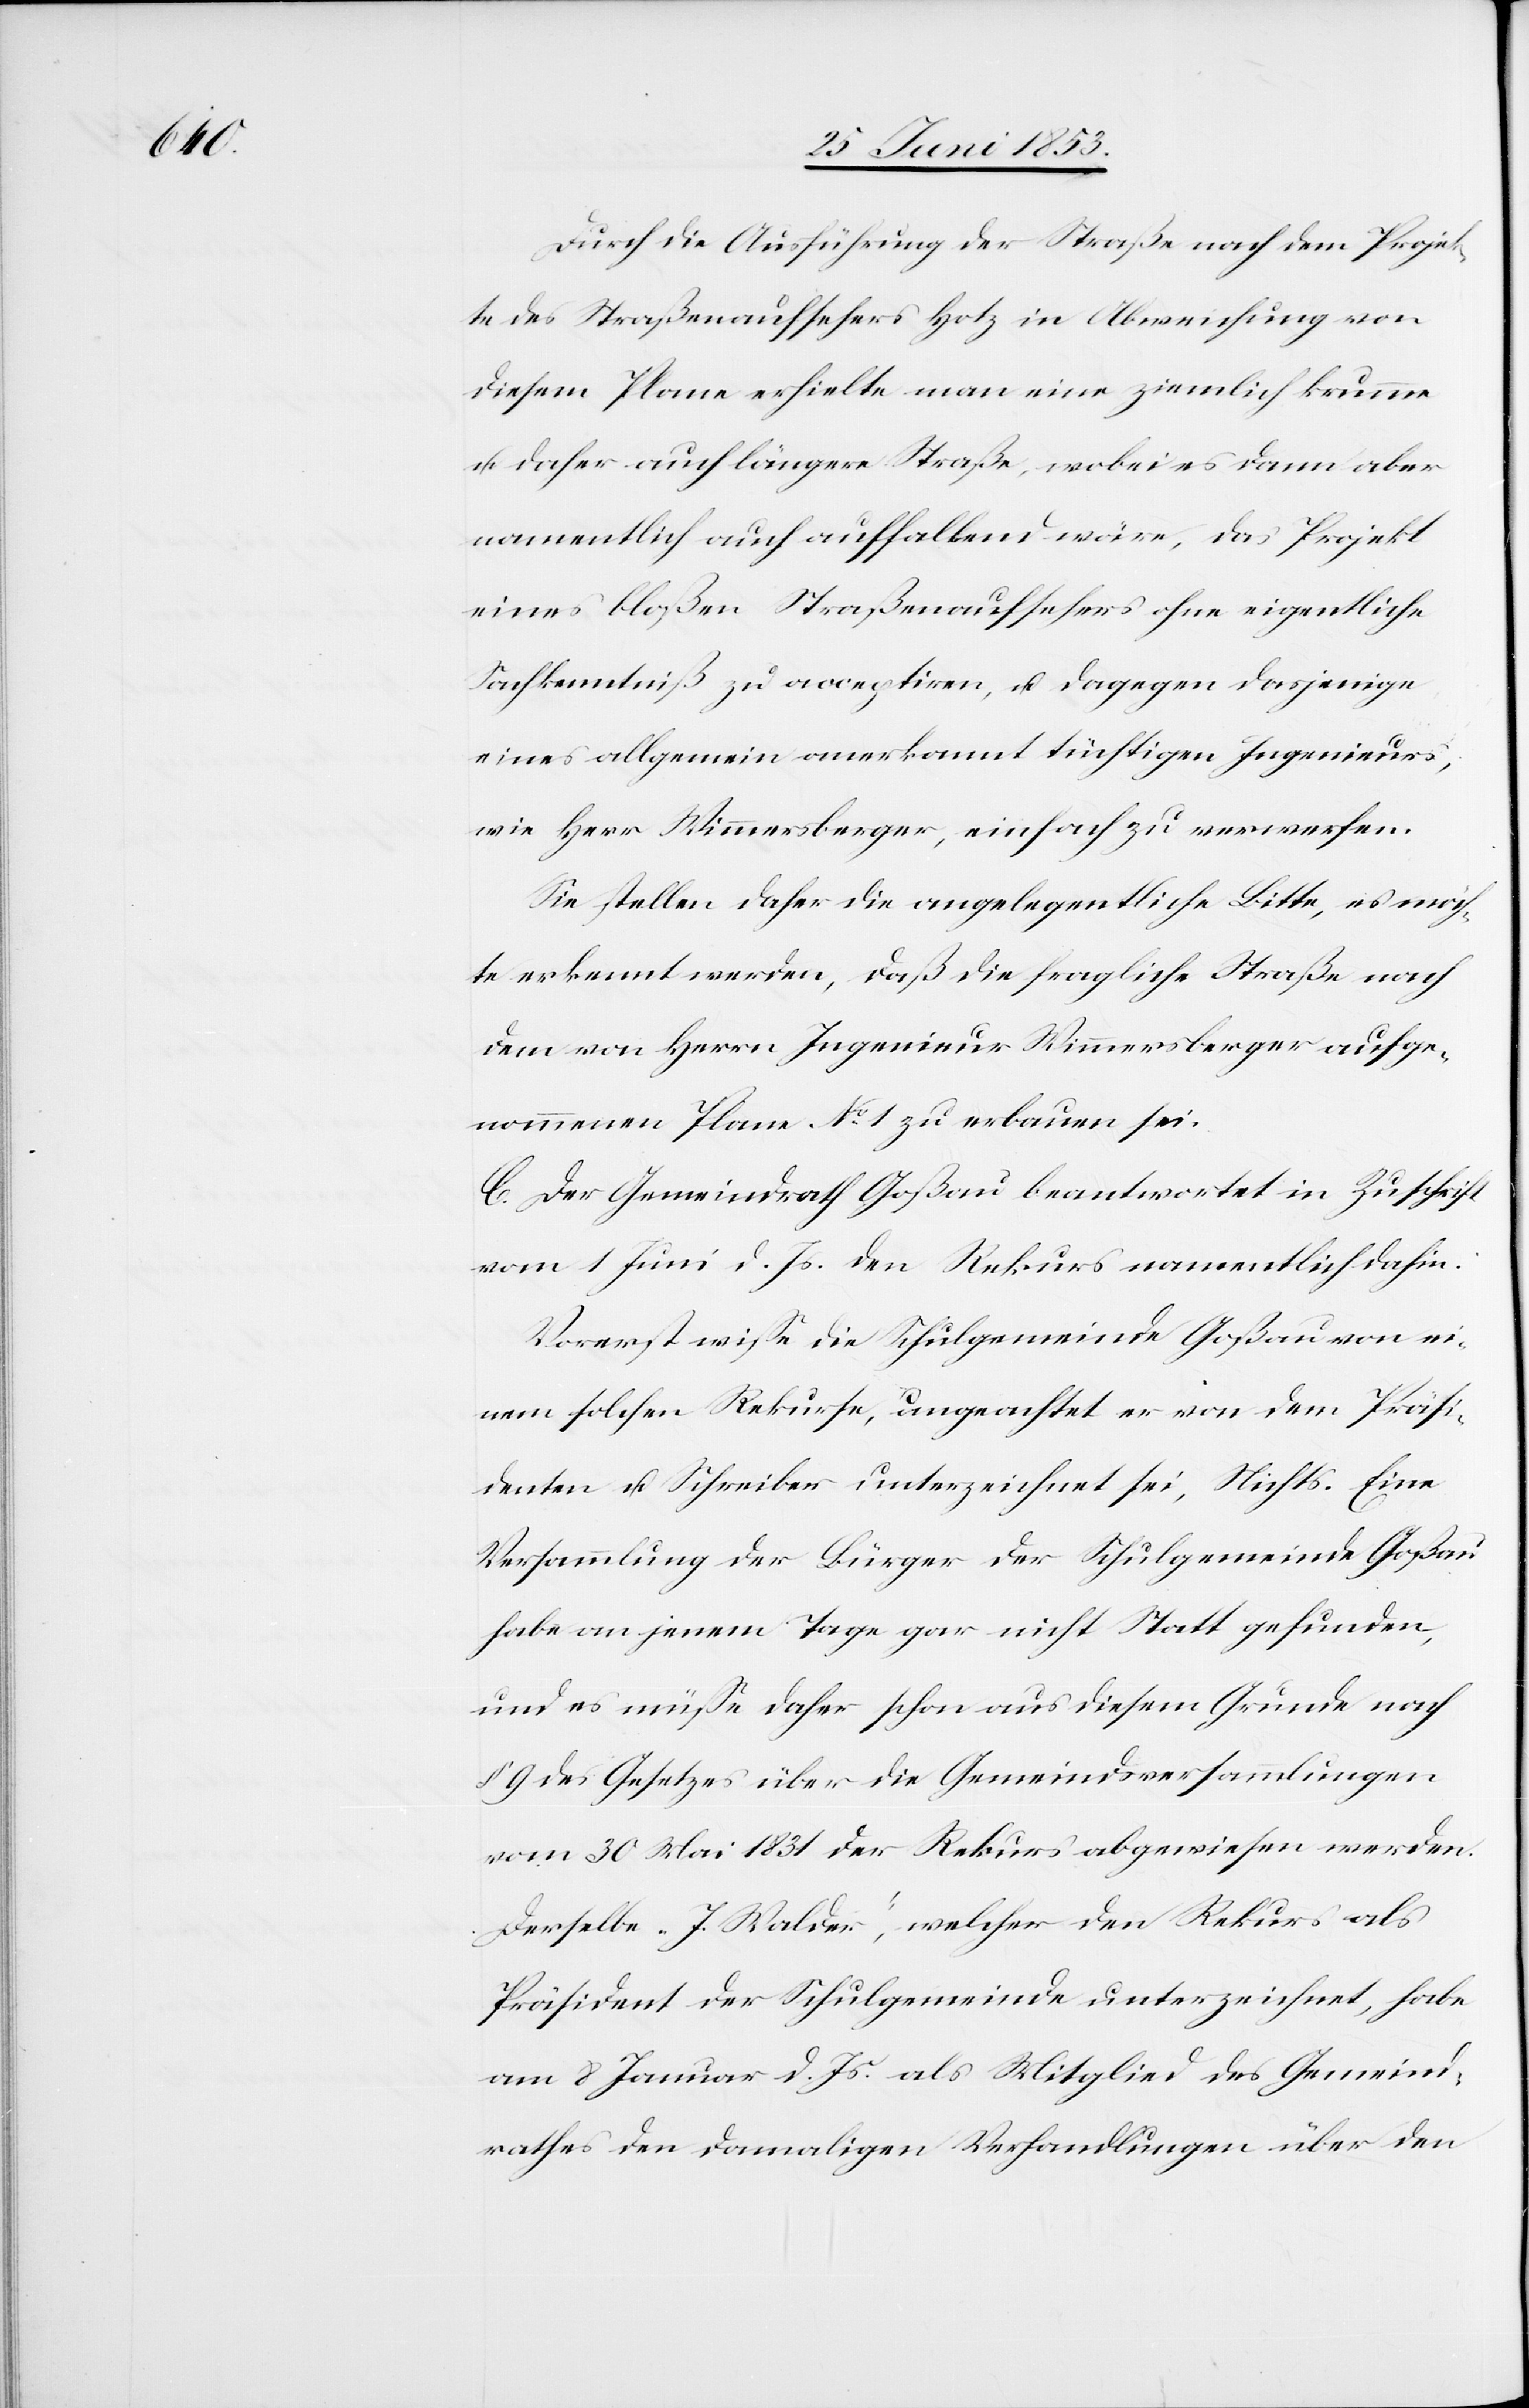
Durch die Ausführung der Straße nach dem Projek¬
te des Straßenaufsehers Hotz in Abweichung von
diesem Plane erhielte man eine ziemlich krumme
u. daher auch längere Straße, wobei es dann aber
namentlich auch auffallend wäre, das Projekt
eines bloßen Straßenaufsehers ohne eigentliche
Sachkenntniß zu acceptiren, u. dagegen dasjenige
eines allgemein anerkannt tüchtigen Ingenieurs,
wie Herr Wimmersberger, einfach zu verwerfen.
Sie stellen daher die angelegentliche Bitte, es möch¬
te erkennt werden, daß die fragliche Straße nach
dem von Herrn Ingenieur Wimmersberger aufge¬
nommenen Plane N°. 1 zu erbauen sei.
C. Der Gemeindrath Goßau beantwortet in Zuschrift
vom 1 Juni d. Js. den Rekurs namentlich dahin.
Vorerst wiße die Schulgemeinde Goßau von ei¬
nem solchen Rekurse, ungeachtet er von dem Präsi¬
denten u. Schreiber unterzeichnet sei, Nichts. Eine
Versammlung der Bürger der Schulgemeinde Goßau
habe an jenem Tage gar nicht Statt gefunden,
und es müße daher schon aus diesem Grunde nach
§ 9 des Gesetzes über die Gemeindsversammlungen
vom 30 Mai 1831 der Rekurs abgewiesen werden.
Derselbe „J. Walder“, welcher den Rekurs als
Präsident der Schulgemeinde unterzeichnet, habe
am 8 Januar d. Js. als Mitglied des Gemeind¬
rathes den damaligen Verhandlungen über den